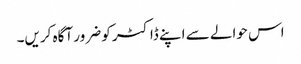
اس حوالے سے اپنے ڈاکٹر کو ضرور آگاہ کریں۔